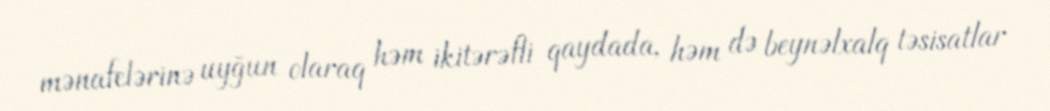
mənafelərinə uyğun olaraq həm ikitərəfli qaydada, həm də beynəlxalq təsisatlar